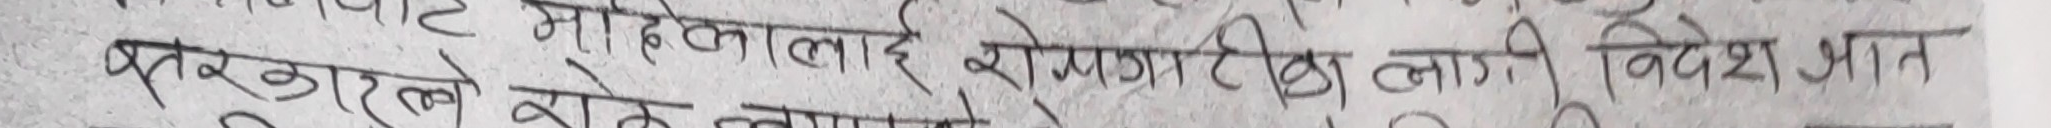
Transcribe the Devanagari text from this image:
मोडेललाई रोजगारीका लागि विदेश प्राप्त